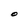
Character: O